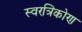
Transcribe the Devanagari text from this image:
स्वरत्रिकोण